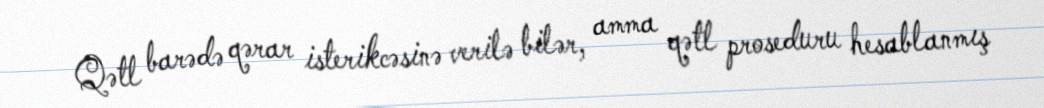
Qətl barədə qərar isterikcəsinə verilə bilər, amma qətl proseduru hesablanmış